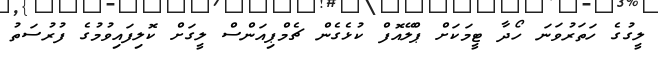
ލީގުގެ ހަތަރުވަނަ ހޯދާ ޓީމަކަށް ޕްލޭއޮފް ކުޅެގެން ޗެމްޕިއަންސް ލީގަށް ކޮލިފައިވުމުގެ ފުރުސަތު